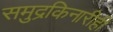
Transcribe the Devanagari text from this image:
समुद्रकिनारीही